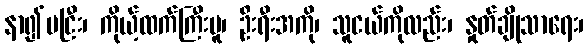
နာ၍မငြီး၊ ကိုယ့်ထက်ကြီးမူ၊ ဦးရီးအကို၊ သူငယ်ကိုလည်း၊ နှုတ်ချိုသာရေး၊